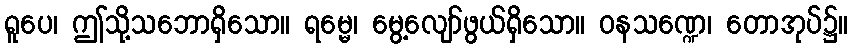
ရူပေ၊ ဤသို့သဘောရှိသော။ ရမ္မေ၊ မွေ့လျော်ဖွယ်ရှိသော။ ဝနသဏ္ဍေ၊ တောအုပ်၌။